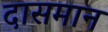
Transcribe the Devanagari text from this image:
दासमान